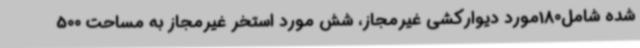
شده شامل180مورد دیوارکشی غیرمجاز، شش مورد استخر غیرمجاز به مساحت 500